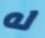
له